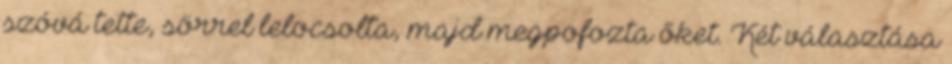
szóvá tette, sörrel lelocsolta, majd megpofozta őket. Két választása